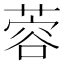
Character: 蓉